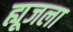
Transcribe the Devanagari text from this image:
ह्यूजला